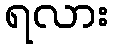
ရလား